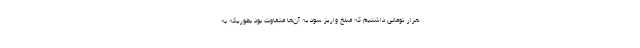
هزار تومانی داشتیم که مبلغ واریز سود به آن‌ها متفاوت بود بطوریکه به